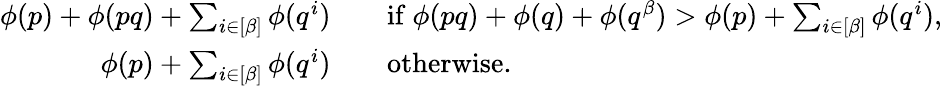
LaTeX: \begin{array}{rl}{\phi(p)+\phi(pq)+\sum_{i\in[\beta]}\phi(q^{i})}&{\quad\mathrm{if~}\phi(pq)+\phi(q)+\phi(q^{\beta})>\phi(p)+\sum_{i\in[\beta]}\phi(q^{i}),}\\ {\phi(p)+\sum_{i\in[\beta]}\phi(q^{i})}&{\quad\mathrm{otherwise.}}\end{array}